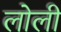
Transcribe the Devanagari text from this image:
लोली